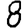
Digit: 8